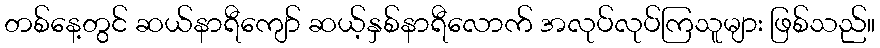
တစ်နေ့တွင် ဆယ်နာရီကျော် ဆယ့်နှစ်နာရီလောက် အလုပ်လုပ်ကြသူများ ဖြစ်သည်။